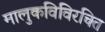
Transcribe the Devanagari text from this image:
मालुकविविरचित